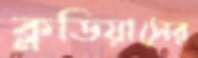
ক্লডিয়াসের